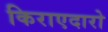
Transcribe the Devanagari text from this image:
किराएदारो